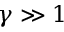
\gamma \gg 1